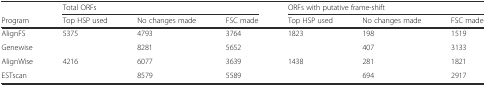
<table><thead><tr><td></td><td colspan="3"><b>Total ORFs</b></td><td colspan="3"><b>ORFs with putative frame-shift</b></td></tr><tr><td><b>Program</b></td><td><b>Top HSP used</b></td><td><b>No changes made</b></td><td><b>FSC made</b></td><td><b>Top HSP used</b></td><td><b>No changes made</b></td><td><b>FSC made</b></td></tr></thead><tbody><tr><td>AlignFS</td><td>5375</td><td>4793</td><td>3764</td><td>1823</td><td>198</td><td>1519</td></tr><tr><td>Genewise</td><td></td><td>8281</td><td>5652</td><td></td><td>407</td><td>3133</td></tr><tr><td>AlignWise</td><td>4216</td><td>6077</td><td>3639</td><td>1438</td><td>281</td><td>1821</td></tr><tr><td>ESTscan</td><td></td><td>8579</td><td>5589</td><td></td><td>694</td><td>2917</td></tr></tbody></table>